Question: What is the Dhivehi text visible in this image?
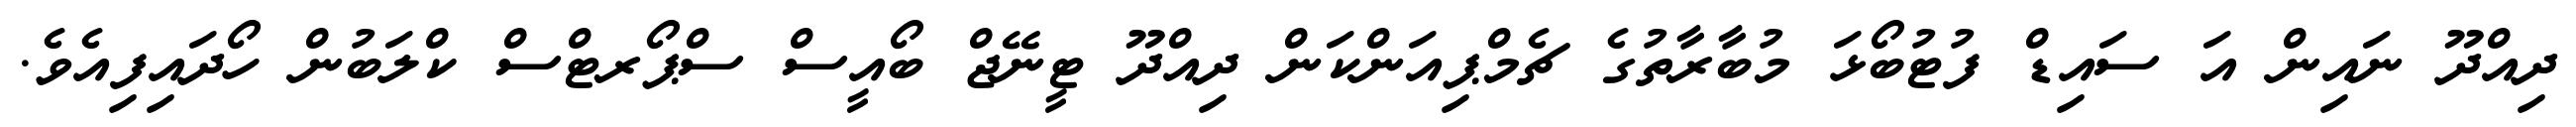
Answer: ދިއްދޫ ނައިން އަ ސައިޑް ފުޓުބޯޅަ މުބާރާތުގެ ޗެމްޕިއަންކަން ދިއްދޫ ޓީނޭޖް ބޯއީސް ސްޕޯރޓްސް ކްލަބުން ހޯދައިފިއެވެ.